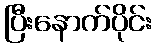
ပြီးနောက်ပိုင်း